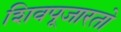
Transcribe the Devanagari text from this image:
शिवपूजारतो